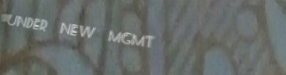
under new mgmt